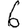
Digit: 6